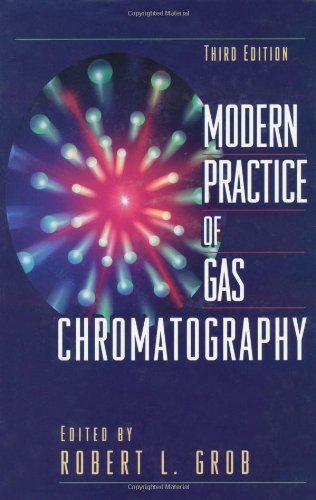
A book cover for Modern Practice of Gas Chromatography; Eugene F. Barry PhD; Science & Math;